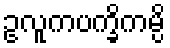
ဥလူကပက္ခိကမ္ပိ